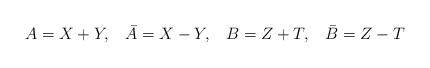
\begin{align*}A=X+Y ,\;\;\;\bar{A}=X-Y ,\;\;\;B=Z+T ,\;\;\;\bar{B}=Z-T\end{align*}